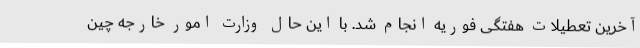
آخرین تعطیلات هفتگی فوریه انجام شد. با این حال وزارت امور خارجه چین